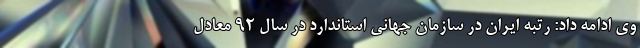
وی ادامه داد: رتبه ایران در سازمان جهانی استاندارد در سال 92 معادل